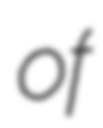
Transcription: of